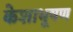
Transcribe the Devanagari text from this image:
केशाभूषण